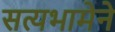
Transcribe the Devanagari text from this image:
सत्यभामेने